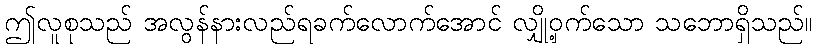
ဤလူစုသည် အလွန်နားလည်ရခက်လောက်အောင် လျှို့ဝှက်သော သဘောရှိသည်။